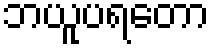
ဘယူပရတော